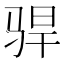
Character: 𫘣